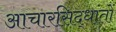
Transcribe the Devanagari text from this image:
आचारसिद्धांतों